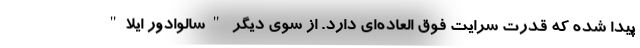
پیدا شده که قدرت سرایت فوق العاده‌ای دارد. از سوی دیگر "سالوادور ایلا"